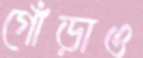
গোঁড়াও